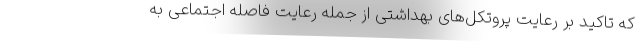
که تاکید بر رعایت پروتکل‌های بهداشتی از جمله رعایت فاصله اجتماعی به